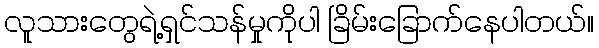
လူသားတွေရဲ့ရှင်သန်မှုကိုပါ ခြိမ်းခြောက်နေပါတယ်။